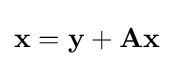
\mathbf {x} =\mathbf {y} +\mathbf {Ax}